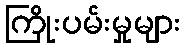
ကြိုးပမ်းမှုများ